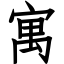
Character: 寓